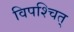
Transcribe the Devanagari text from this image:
विपश्चित्‌